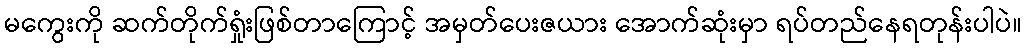
မကွေးကို ဆက်တိုက်ရှုံးဖြစ်တာကြောင့် အမှတ်ပေးဇယား အောက်ဆုံးမှာ ရပ်တည်နေရတုန်းပါပဲ။